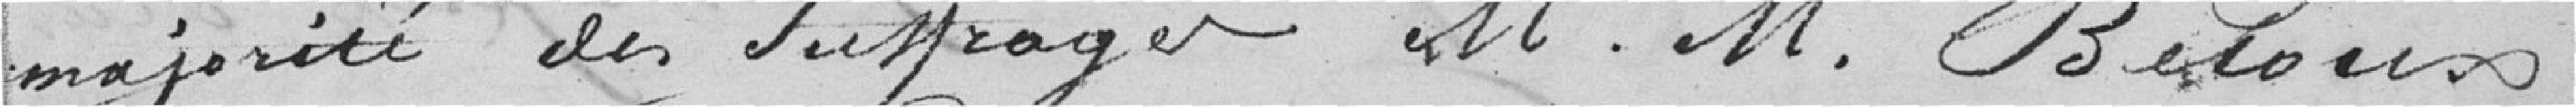
majorité des suffrages M. M. Beloux